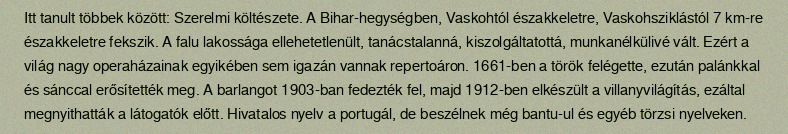
Itt tanult többek között: Szerelmi költészete. A Bihar-hegységben, Vaskohtól északkeletre, Vaskohsziklástól 7 km-re északkeletre fekszik. A falu lakossága ellehetetlenült, tanácstalanná, kiszolgáltatottá, munkanélkülivé vált. Ezért a világ nagy operaházainak egyikében sem igazán vannak repertoáron. 1661-ben a török felégette, ezután palánkkal és sánccal erősítették meg. A barlangot 1903-ban fedezték fel, majd 1912-ben elkészült a villanyvilágítás, ezáltal megnyithatták a látogatók előtt. Hivatalos nyelv a portugál, de beszélnek még bantu-ul és egyéb törzsi nyelveken.